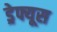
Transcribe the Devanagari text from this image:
ड्रेफ्यूस